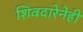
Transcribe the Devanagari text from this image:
शिवदारेनेही